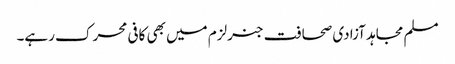
مسلم مجاہد آزادی صحافت جنرلزم میں بھی کافی محرک رہے۔